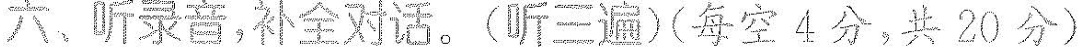
六、听录音,补全对话.(听三遍)(每空4分,共 20分)